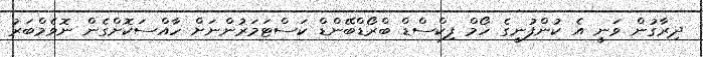
ދިރާގުން ވަނީ އެ ކުންފުނީގެ ހޯމް ފިކްސްޑް ބްރޯޑްބޭންޑް ކަސްޓަމަރުންނަށް ހާއްސަކޮށްގެން ނޮވެމްބަރު